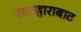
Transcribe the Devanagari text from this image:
सताहाराबाद